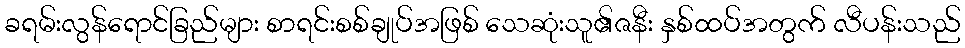
ခရမ်းလွန်ရောင်ခြည်များ စာရင်းစစ်ချုပ်အဖြစ် သေဆုံးသူ၏ဇနီး နှစ်ထပ်အတွက် လီပန်းသည်